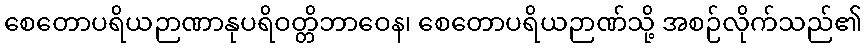
စေတောပရိယဉာဏာနုပရိဝတ္တိဘာဝေန၊ စေတောပရိယဉာဏ်သို့ အစဉ်လိုက်သည်၏